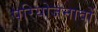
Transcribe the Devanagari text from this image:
परियोजनावों